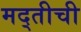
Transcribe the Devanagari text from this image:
मद्तीची